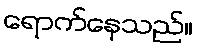
ရောက်နေသည်။